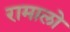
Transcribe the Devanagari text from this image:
रामालो